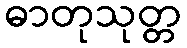
ဓာတုသုတ္တ